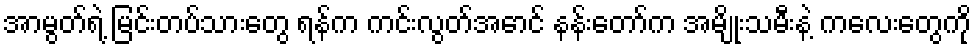
အာမွတ်ရဲ့ မြင်းတပ်သားတွေ ရန်က ကင်းလွတ်အောင် နန်းတော်က အမျိုးသမီးနဲ့ ကလေးတွေကို